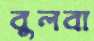
বুলবা